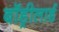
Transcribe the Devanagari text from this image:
बॉड्रीलार्ड